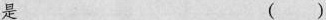
是 ( )